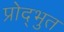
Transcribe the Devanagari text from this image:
प्रोद्भुत